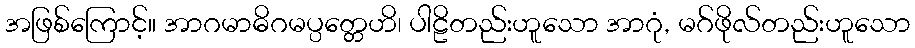
အဖြစ်ကြောင့်။ အာဂမာဓိဂမပ္ပတ္တေဟိ၊ ပါဠိတည်းဟူသော အာဂုံ, မဂ်ဖိုလ်တည်းဟူသော